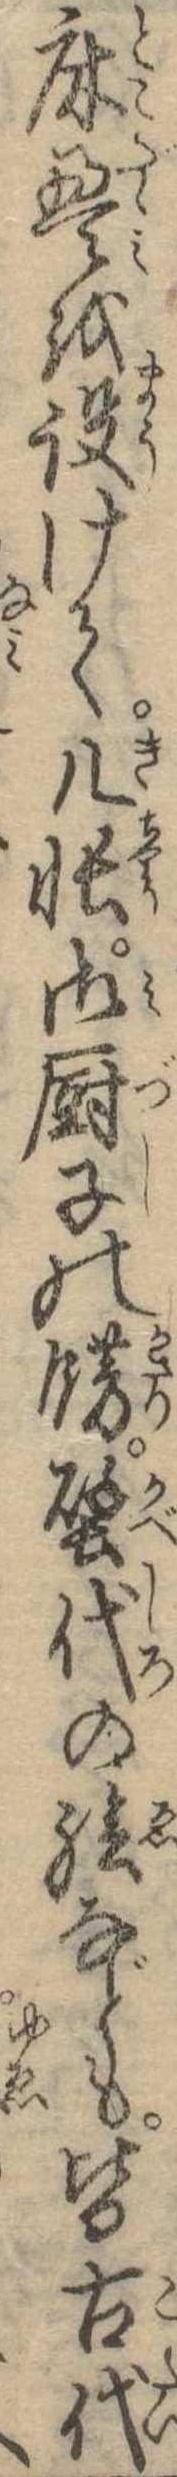
床畳を設けて几帳御厨子の飾壁代の絵なども皆古代